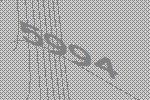
5994